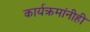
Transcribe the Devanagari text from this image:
कार्यक्रमांनीही